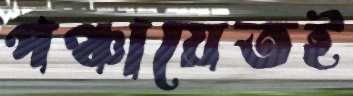
পঞ্চায়েতই